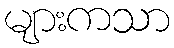
များကသာ